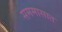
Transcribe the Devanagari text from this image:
सममासात